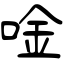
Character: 唫